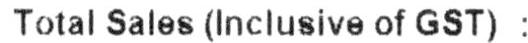
TOTAL SALES (INCLUSIVE OF GST) :